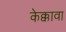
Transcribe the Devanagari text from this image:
केक्कावा